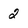
Character: 2